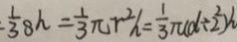
\frac { 1 } { 3 } 8 h = \frac { 1 } { 3 } \pi r ^ { 2 } h = \frac { 1 } { 3 } \pi ( d \div 2 ^ { 2 } ) h